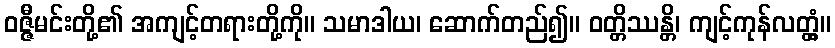
ဝဇ္ဇီမင်းတို့၏ အကျင့်တရားတို့ကို။ သမာဒါယ၊ ဆောက်တည်၍။ ဝတ္တိဿန္တိ၊ ကျင့်ကုန်လတ္တံ့။